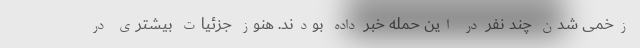
زخمی شدن چند نفر در این حمله خبر داده بودند. هنوز جزئیات بیشتری در